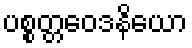
ပစ္စတ္တဝေဒနိယော